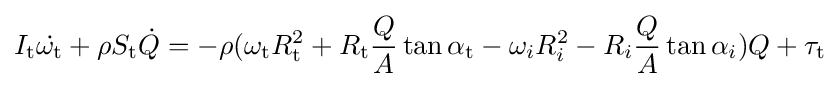
I_{\mathrm {t} }{\dot {\omega _{\mathrm {t} }}}+\rho S_{\mathrm {t} }{\dot {Q}}=-\rho (\omega _{\mathrm {t} }R_{\mathrm {t} }^{2}+R_{\mathrm {t} }{\frac {Q}{A}}\tan {\alpha _{\mathrm {t} }}-\omega _{i}R_{i}^{2}-R_{i}{\frac {Q}{A}}\tan {\alpha _{i}})Q+\tau _{\mathrm {t} }